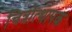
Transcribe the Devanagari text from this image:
चित्रोत्थापक